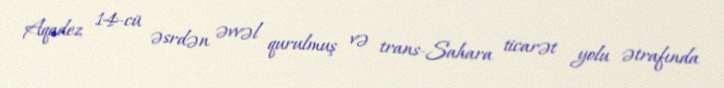
Aqadez 14-cü əsrdən əvvəl qurulmuş və trans-Sahara ticarət yolu ətrafında